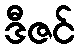
ဒီဇင်